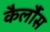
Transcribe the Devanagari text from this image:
कैर्लौस